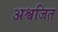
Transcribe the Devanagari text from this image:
अश्वजित